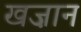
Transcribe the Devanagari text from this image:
खज़ान